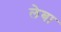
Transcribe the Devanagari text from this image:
लेबा